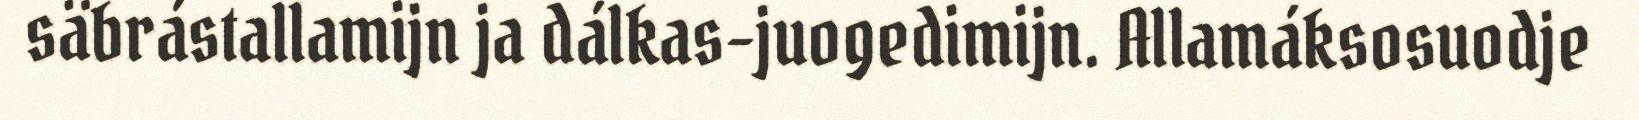
säbrástallamijn ja dálkas-juogedimijn. Allamáksosuodje